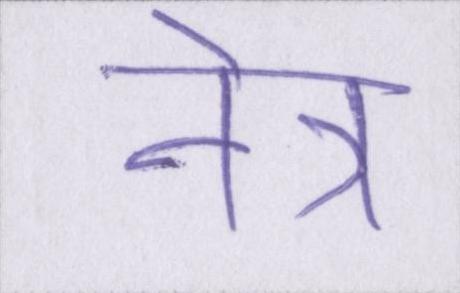
नेत्र